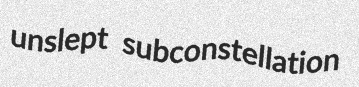
unslept subconstellation